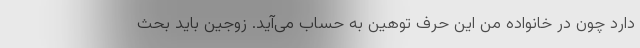
دارد چون در خانواده من این حرف توهین به حساب می‌آید. زوجین باید بحث